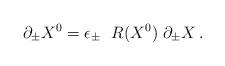
LaTeX: \begin{align*}\partial_\pm X^0 = \epsilon_{\pm}~~ R(X^0) \; \partial_\pm X \, .\end{align*}